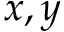
x , y